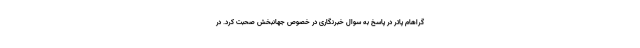
گراهام پاتر در پاسخ به سوال خبرنگاری در خصوص جهانبخش صحبت کرد. در